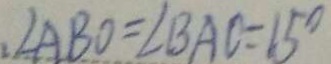
\angle A B O = \angle B A C = 1 5 ^ { \circ }